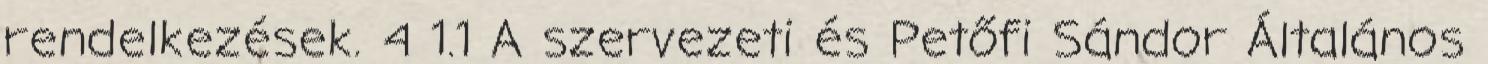
rendelkezések. 4 1.1 A szervezeti és Petőfi Sándor Általános